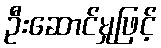
ဦးဆောင်မှုဖြင့်